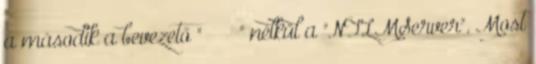
a második a bevezető " " nélkül a "NTLMServer". Most